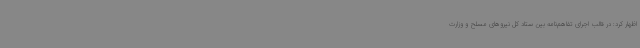
اظهار کرد: در قالب اجرای تفاهم‌نامه بین ستاد کل نیروهای مسلح و وزارت